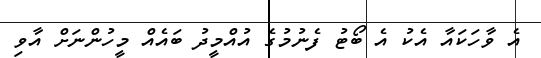
އެ ވާހަކައާ އެކު އެ ބޯޓު ފެނުމުގެ އުއްމީދު ބައެއް މީހުންނަށް އާވި